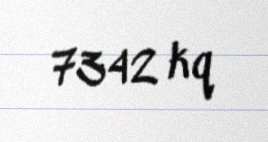
7342 kq